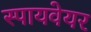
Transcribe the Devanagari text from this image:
स्पायवेयर